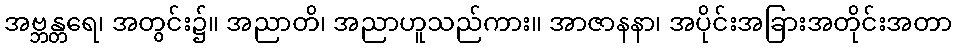
အဗ္ဘန္တရေ၊ အတွင်း၌။ အညာတိ၊ အညာဟူသည်ကား။ အာဇာနနာ၊ အပိုင်းအခြားအတိုင်းအတာ